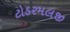
ટોડરમલજી